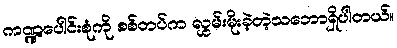
ကဏ္ဍပေါင်းစုံကို စစ်တပ်က လွှမ်းမိုးခဲ့တဲ့သဘောရှိပါတယ်။